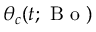
\theta _ { c } ( t ; \mathrm { ~ B ~ o ~ } )